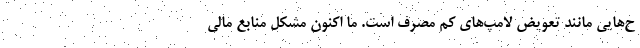
ح‌هایی مانند تعویض لامپ‌های کم مصرف است. ما اکنون مشکل منابع مالی